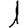
Digit: 1